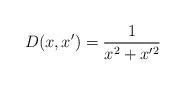
LaTeX: \begin{align*} D(x,x') = \frac 1{x^2 + x'^2 } \end{align*}